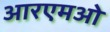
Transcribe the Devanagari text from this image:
आरएमओ